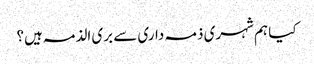
کیا ہم شہری ذمہ داری سے بری الذمہ ہیں؟